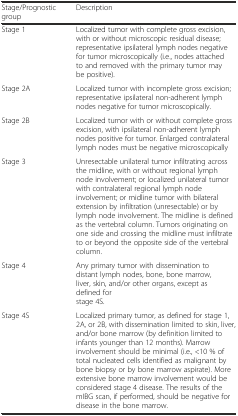
| Stage/Prognostic group | Description |
 | --- | --- |
 | Stage 1 | Localized tumor with complete gross excision, with or without microscopic residual disease; representative ipsilateral lymph nodes negative for tumor microscopically (i.e., nodes attached to and removed with the primary tumor may be positive). |
 | Stage 2A | Localized tumor with incomplete gross excision; representative ipsilateral non-adherent lymph nodes negative for tumor microscopically. |
 | Stage 2B | Localized tumor with or without complete gross excision, with ipsilateral non-adherent lymph nodes positive for tumor. Enlarged contralateral lymph nodes must be negative microscopically |
 | Stage 3 | Unresectable unilateral tumor infiltrating across the midline, with or without regional lymph node involvement; or localized unilateral tumor with contralateral regional lymph node involvement; or midline tumor with bilateral extension by infiltration (unresectable) or by lymph node involvement. The midline is defined as the vertebral column. Tumors originating on one side and crossing the midline must infiltrate to or beyond the opposite side of the vertebral column. |
 | Stage 4 | Any primary tumor with dissemination to distant lymph nodes, bone, bone marrow, liver, skin, and/or other organs, except as defined for stage 4S. |
 | Stage 4S | Localized primary tumor, as defined for stage 1, 2A, or 2B, with dissemination limited to skin, liver, and/or bone marrow (by definition limited to infants younger than 12 months). Marrow involvement should be minimal (i.e., <10 % of total nucleated cells identified as malignant by bone biopsy or by bone marrow aspirate). More extensive bone marrow involvement would be considered stage 4 disease. The results of the mIBG scan, if performed, should be negative for disease in the bone marrow. |